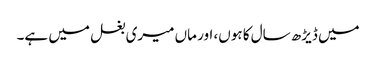
میں ڈیڑھ سال کا ہوں، اور ماں میری بغل میں ہے۔